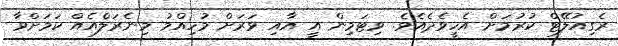
ރެގިއުލޭޓް ކުރުމަށް އެހީވެދެއެވެ. ވިޓަމިން އީ އާއި ވަރަށް މުހިއްމު މިނެރަލްެއެއް ކަމަށްވާ